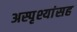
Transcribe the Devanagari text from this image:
अस्पृश्यांसह